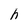
Character: h